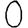
Digit: 0